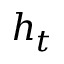
h _ { t }